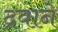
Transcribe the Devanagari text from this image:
द्रवाने